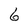
Character: 6